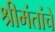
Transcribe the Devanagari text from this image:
श्रीमंतांचे